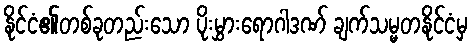
နိုင်ငံ၏တစ်ခုတည်းသော ပိုးမွှားရောဂါဒဏ် ချက်သမ္မတနိုင်ငံမှ